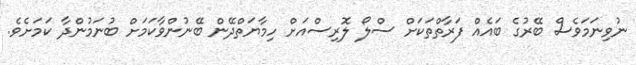
ނުވިނަމަވެސް ބޭރުގެ ބައެއް ފަރާތްތަކަށް ސްލޯ ލޮރިސްއަށް ހިމާޔަތްދޭން ބޭނުންވާކަމަށް ބުނަމުންދާ ކަމަށެވެ.